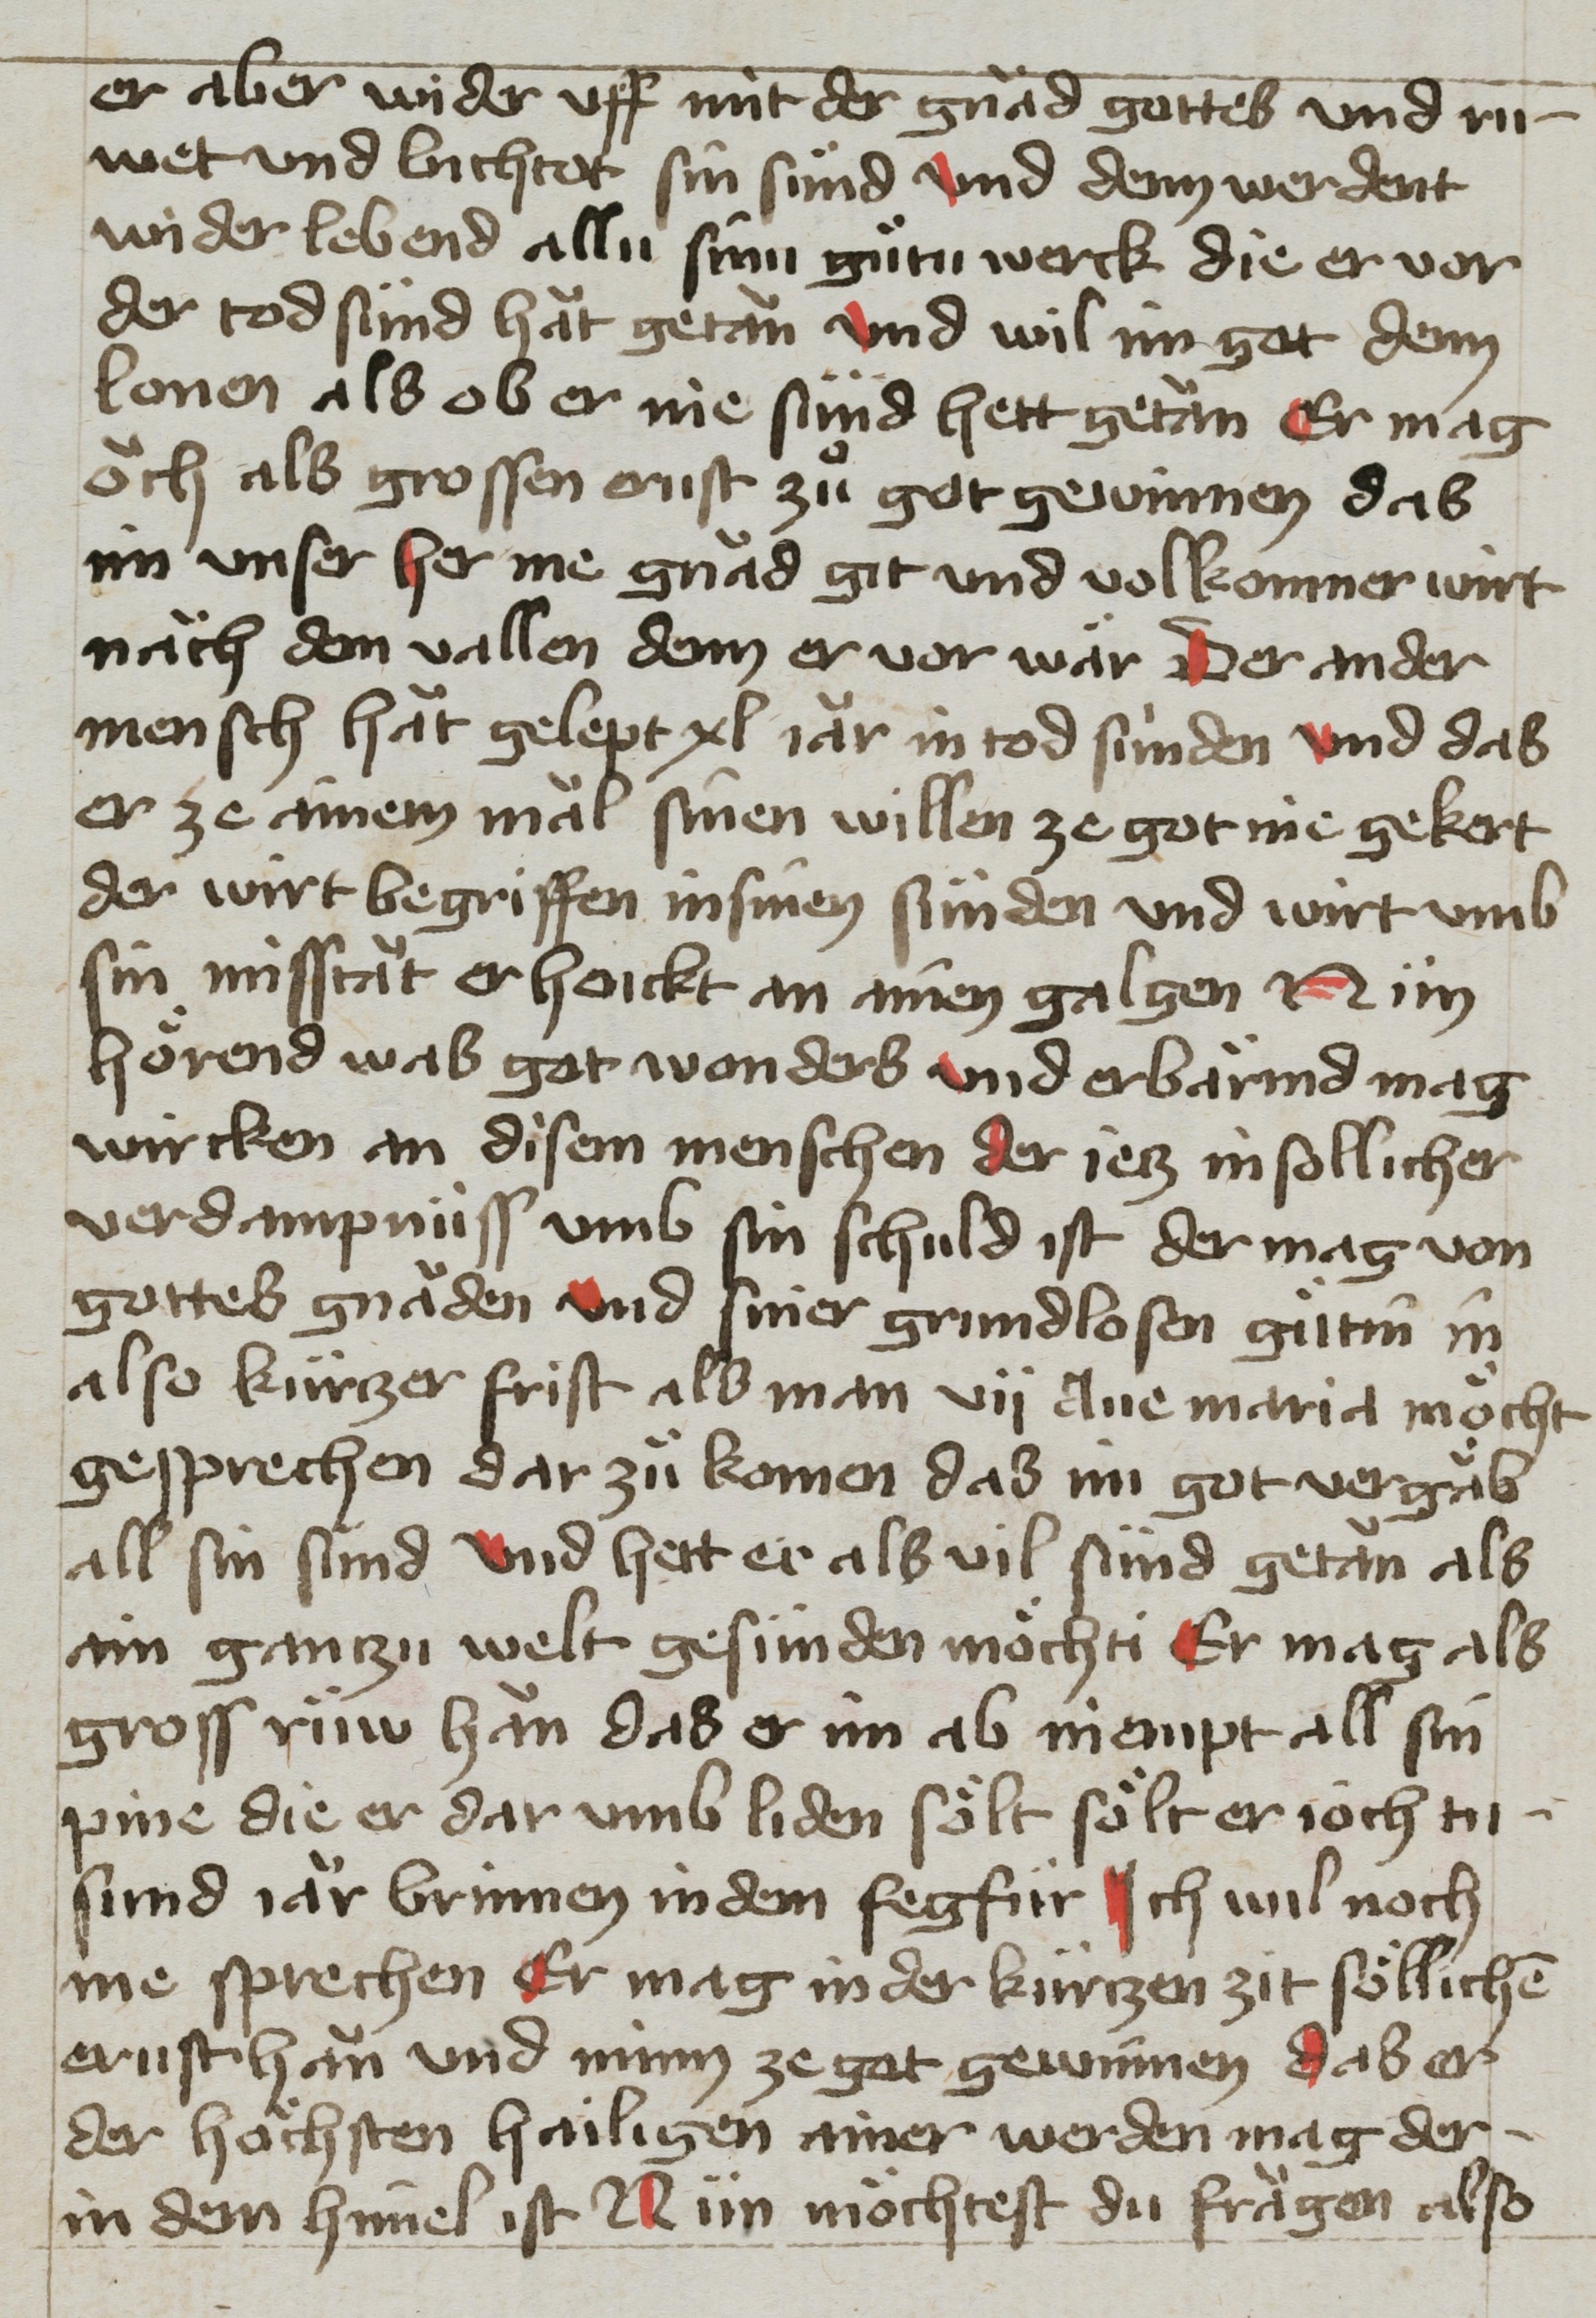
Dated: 1400–1499